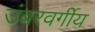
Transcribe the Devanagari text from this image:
उंबरवर्गीय